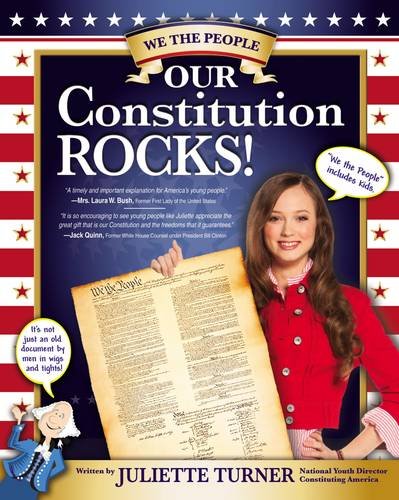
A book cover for Our Constitution Rocks; Juliette Turner; Children's Books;